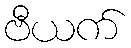
ဗီယက်